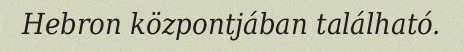
Hebron központjában található.